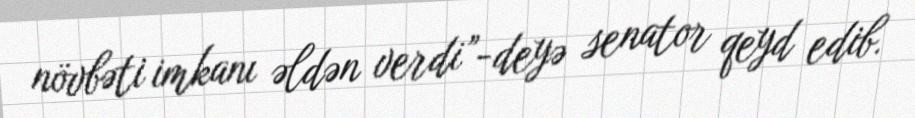
növbəti imkanı əldən verdi”-deyə senator qeyd edib.